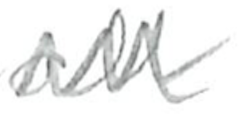
Text: all
Cross-out: zig-zag
Writing tool: pencil